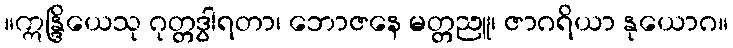
။ဣန္ဒြိယေသု ဂုတ္တဒွါရတာ၊ ဘောဇနေ မတ္တညူ၊ ဇာဂရိယာ နုယောဂ။